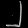
Digit: ၂